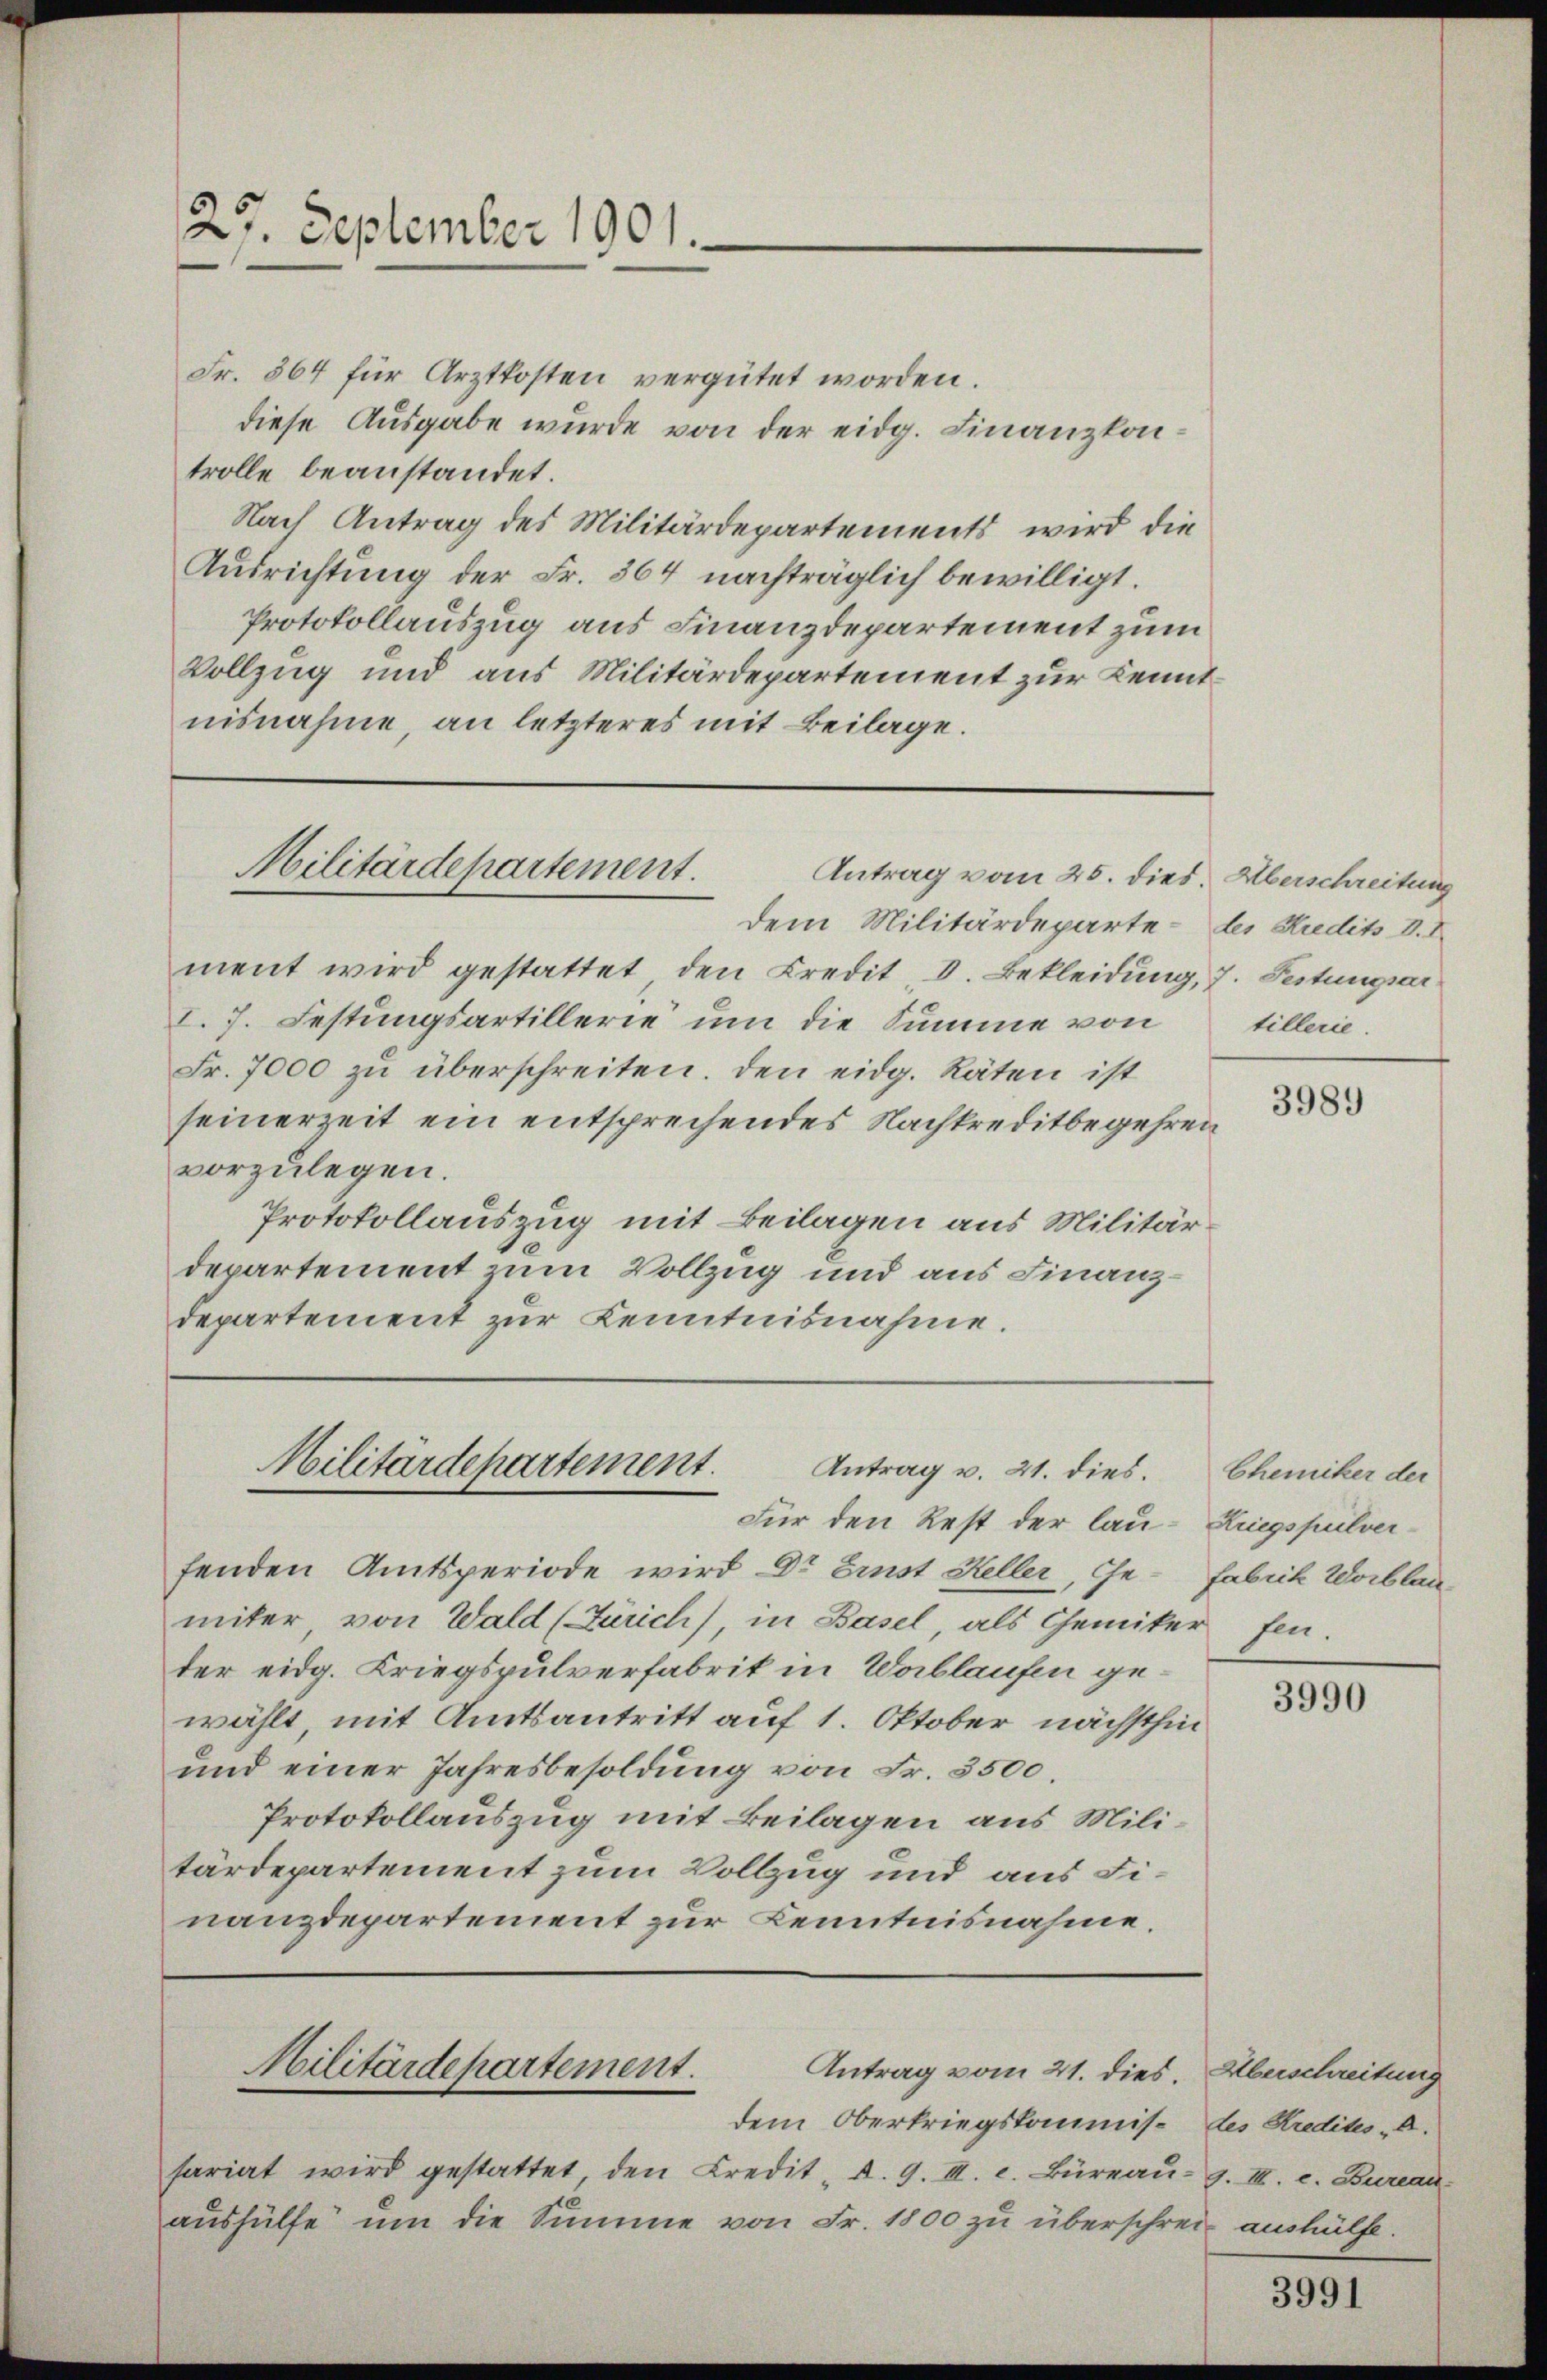
27. September 1901.

Fr. 364 für Arztkosten vergütet worden.
diese Ausgabe wurde von der eidg. Finanzkontrolle beanstandet.
Nach Antrag des Militärdepartements wird die
Ausrichtung der Fr. 364 nachträglich bewilligt.
Protokollauszug aus Finanzdepartement zum
Vollzug und aus Militärdepartement zur Kenntnisnahme, an letzteres mit Beilage.

Militärdepartement.
Antrag vom 25. dies. Überschreitung

ment wird gestattet, den Credit d. Bekleidung, 7. Festungsar
I. 7. Festungsartillerie um die Summe von
Fr. 7000 zu überschreiten. Den eidg. Räten ist
seinerzeit ein entsprechendes Nachkreditbegehren
vorzulegen.
Protokollauszug mit Beilagen aus Militärdepartement zum Vollzug und aus Finanzdepartement zur Kenntnisnahme.

Militärdepartement.
Antrag v. 21. dies.

Für den Rest der lau-Kriegspulverfenden Amtsperiode wird Dr Erst Heller, Gemiter von Wald (Zürich) in Basel, als Chemiker fen.
der eidg. Kriegspulverfabrik in Vablaufen gewählt, mit Amtsantritt auf 1. Oktober nächsthin
und einer Jahresbesoldung von Fr. 3500.
Protokollauszug mit Beilagen aus Militärdepartement zum Vollzug und aus Finanzdepartement zur Kenntnisnahme.

Militärdepartement.
Antrag vom 21. dies. Aberschreitung

dem Oberkriegskommis- des Kredits d.
fariat wird gestattet den Credit, d. 9. II. c. Büreaŭ- 9. III. e. Bureau
aushülfe um die Summe von Fr. 1800 zu überschrei aushülfe.

dem Militärdeparte - des Kredits V. I

tillerie

3989

Chemiker der
fabich Worblan¬

3990

3991